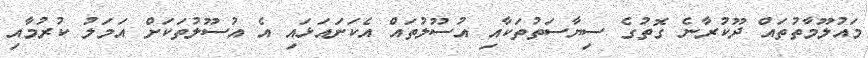
މައުލޫމާތުތައް ދޫކުރާނެ ގޮތުގެ ސިޔާސަތުތަކާއި އުސޫލުތައް އެކަށައަޅައި އެ އުސޫލުތަކަށް އަމަލު ކުރުމާއި